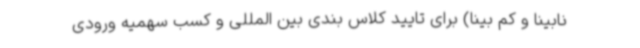
نابینا و کم بینا) برای تایید کلاس بندی بین المللی و کسب سهمیه ورودی